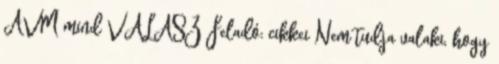
AVM mind VÁLASZ Feladó: cikkei Nem tudja valaki, hogy